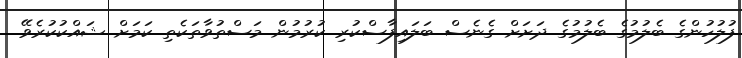
ފުލުހުންގެ ބެލުމުގެ ބެލުމުގެ ދަށަށް ގެނެސް ބަލައިފާސްކުރި ކުރުމުން މަސްތުވާތަކެތި ކަމަށް ޝައްކުކުރެވޭ